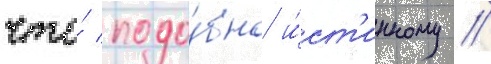
что́ подо́бно и́ст'инному //